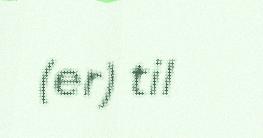
(er) til